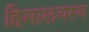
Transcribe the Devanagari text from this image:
हिमालयस्य